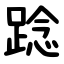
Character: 踗